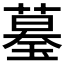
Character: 𦻒